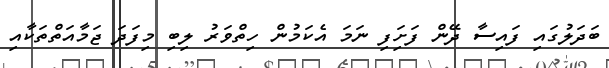
ބަދަލުގައި ފައިސާ ދޭން ފަށަިފި ނަމަ އެކަމުން ހިތްވަރު ލިބި މިފަދަ ޖަމާއަތްތަކާއި